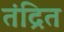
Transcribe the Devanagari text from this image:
तंद्रित